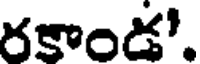
రకాండ'.